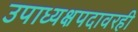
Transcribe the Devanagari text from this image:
उपाध्यक्षपदावरही